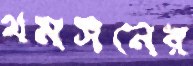
থমসনের